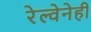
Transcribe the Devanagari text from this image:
रेल्वेनेही